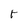
Character: t